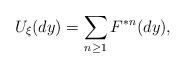
LaTeX: \begin{align*}U_\xi(dy)=\sum_{n\geq 1}F^{*n}(dy),\end{align*}